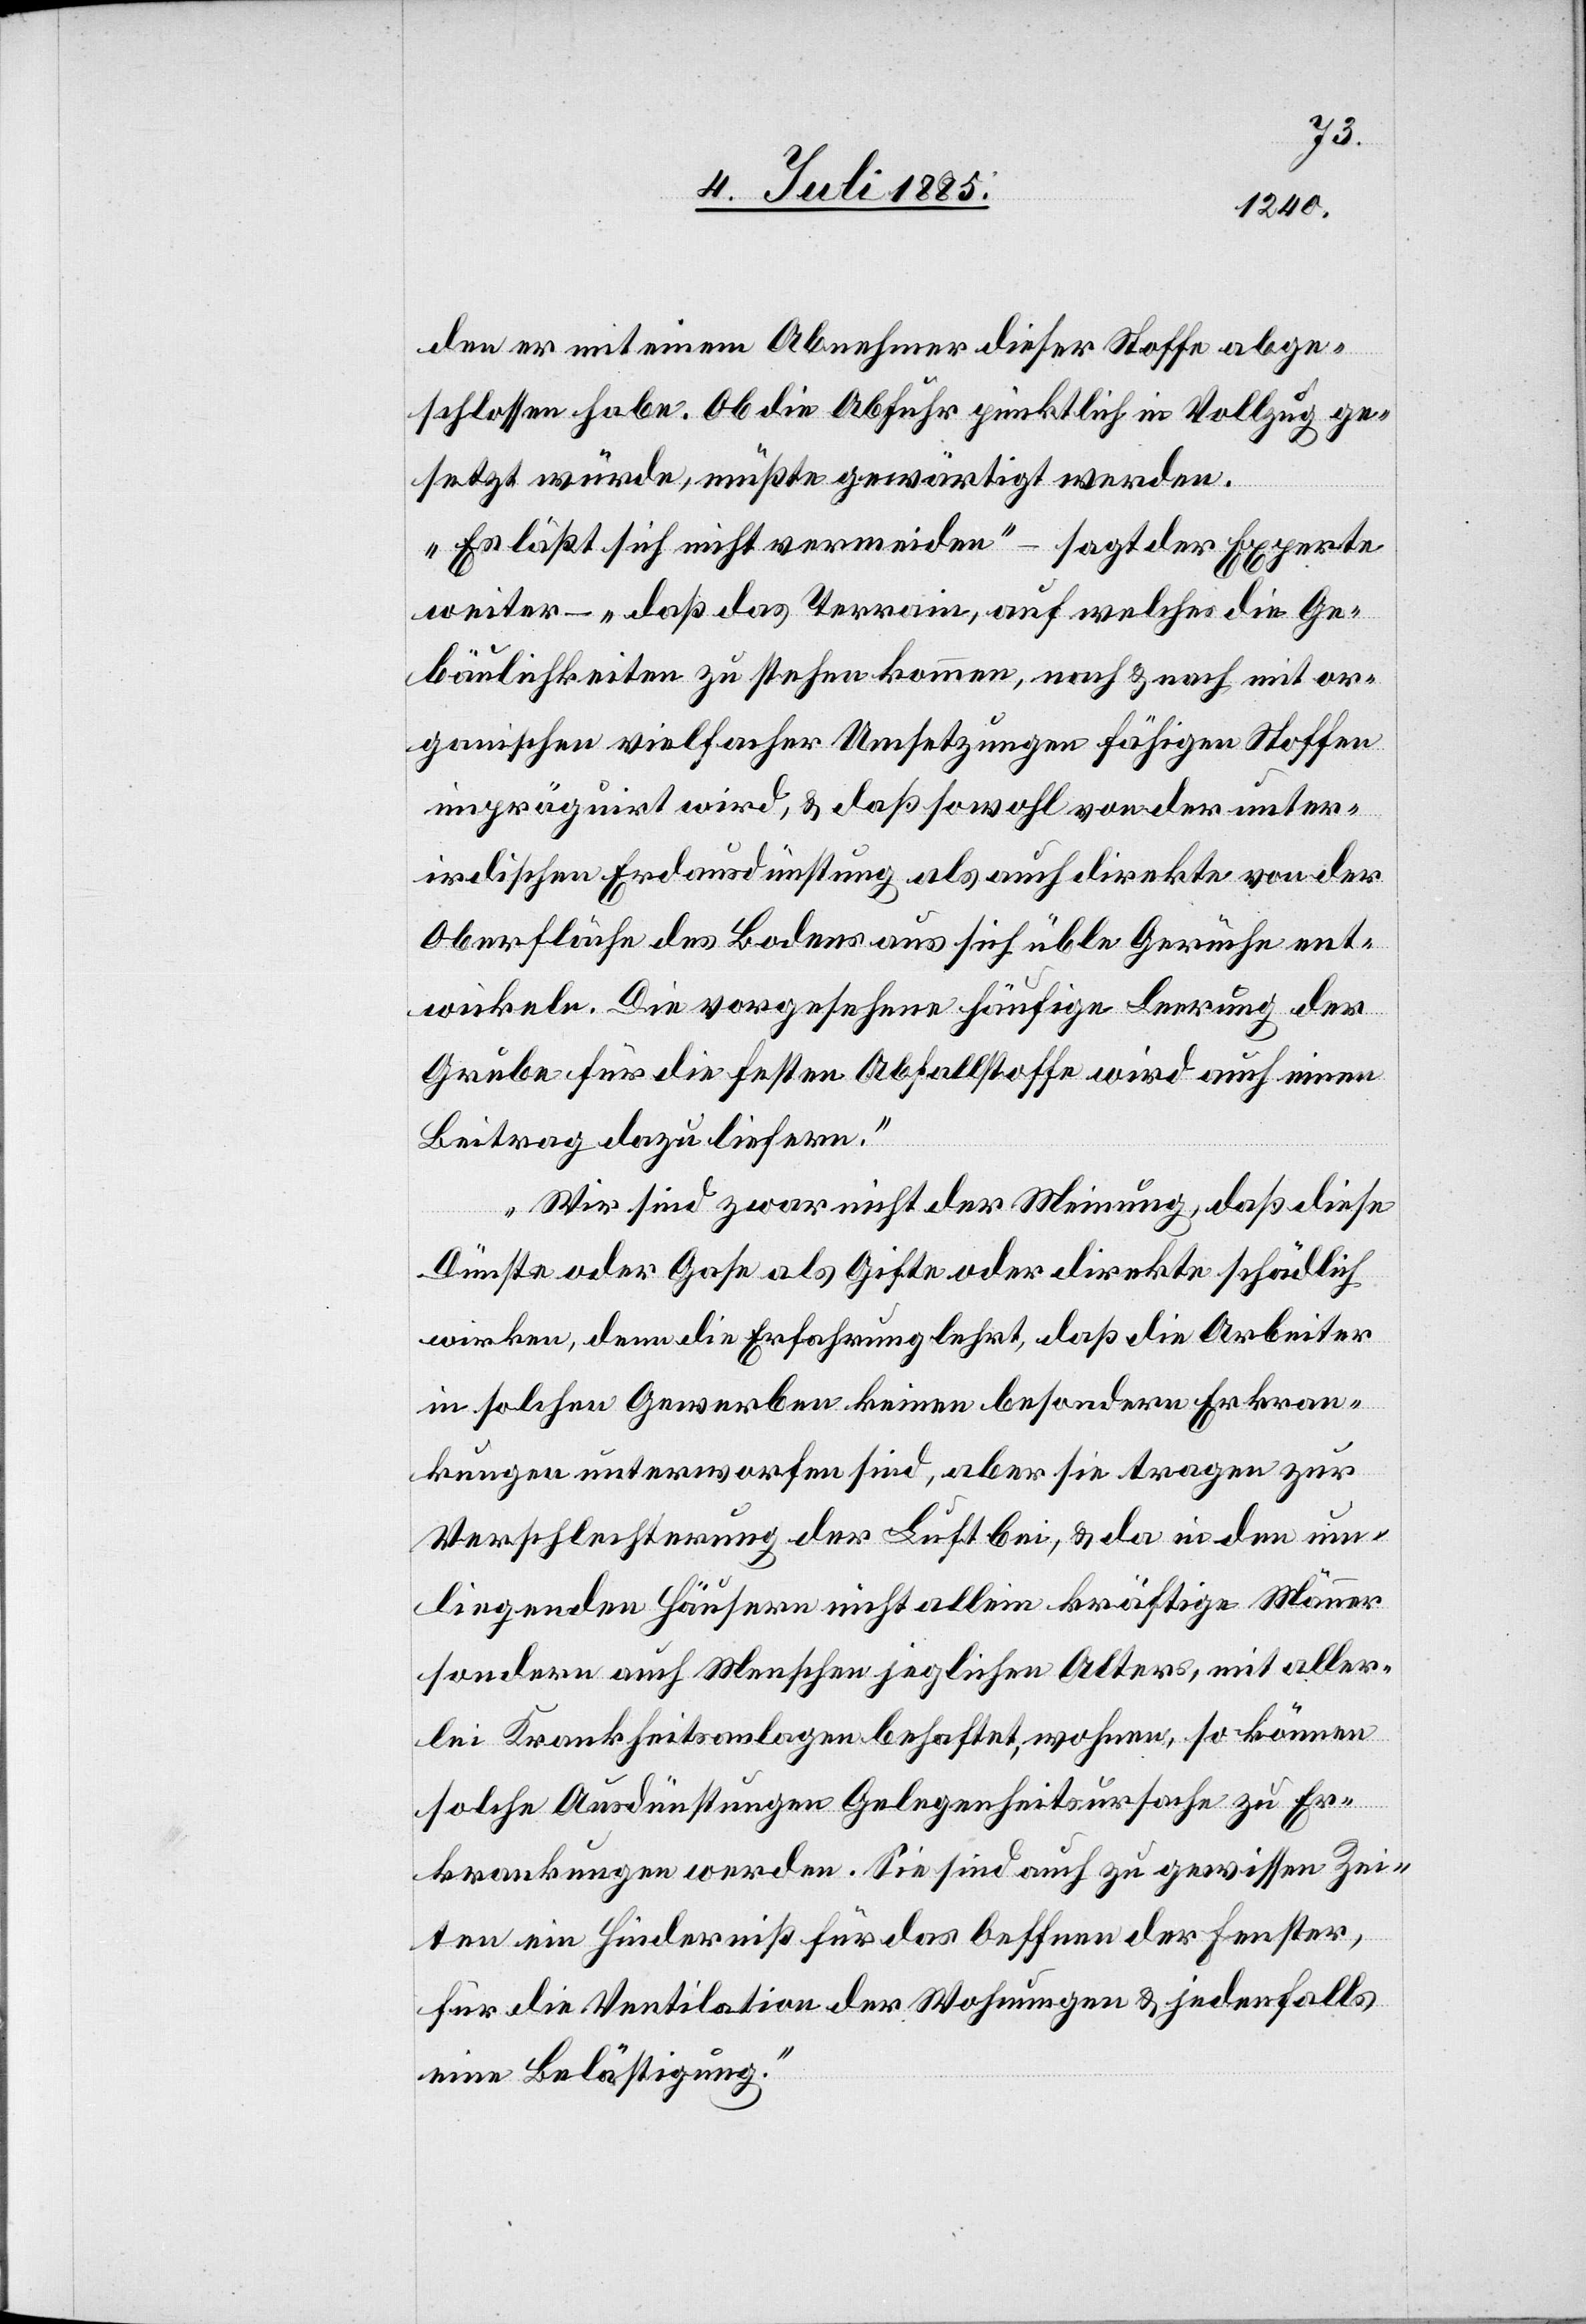
den er mit einem Abnehmer dieser Stoffe abge¬
schlossen habe. Ob die Abfuhr pünktlich in Vollzug ge¬
setzt würde, müßte gewärtigt werden.
„Es läßt sich nicht vermeiden“ – sagt der Experte
weiter – „daß das Terrain, auf welches die Ge¬
bäulichkeiten zu stehen kommen, nach & nach mit or¬
ganischen vielfacher Umsetzungen fähigen Stoffen
imprägnirt wird, & daß sowohl von der unter¬
irdischen Erdausdünstung als auch direkte von der
Oberfläche des Bodens aus sich üble Gerüche ent¬
wickeln. Die vorgesehene häufige Leerung der
Grube für die festen Abfallstoffe wird auch einen
Beitrag dazu liefern.
Wir sind zwar nicht der Meinung, daß diese
Dünste oder Gase als Gifte oder direkte [sic!] schädlich
wirken, denn die Erfahrung lehrt, daß die Arbeiter
in solchen Gewerben keinen besondern Erkran¬
kungen unterworfen sind, aber sie tragen zur
Verschlechterung der Luft bei, & da in den um¬
liegenden Häusern nicht allein kräftige Männer
sondern auch Menschen jeglichen Alters, mit aller¬
lei Krankheitsanlagen behaftet, wohnen, so können
solche Ausdünstungen Gelegenheitsursache zu Er¬
krankungen werden. Sie sind auch zu gewissen Zei¬
ten ein Hinderniß für das Oeffnen der Fenster,
für die Ventilation der Wohnungen & jedenfalls
eine Belästigung.“